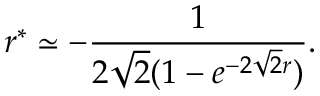
r ^ { * } \simeq - { \frac { 1 } { 2 \sqrt 2 ( 1 - e ^ { - 2 \sqrt 2 r } ) } } .